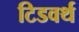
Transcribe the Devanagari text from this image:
टिडवर्थ